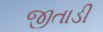
જીતાડી